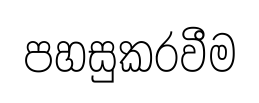
පහසුකරවීම